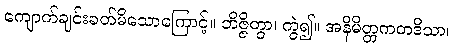
ကျောက်ချင်းခတ်မိသောကြောင့်။ ဘိဇ္ဇိတွာ၊ ကွဲ၍။ အနိမိတ္တကတဒိသာ၊